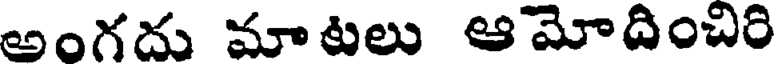
అంగదు మాటలు ఆమోదించిరి